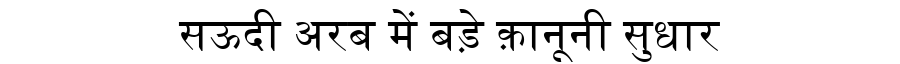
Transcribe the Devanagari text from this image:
सऊदी अरब में बड़े क़ानूनी सुधार